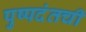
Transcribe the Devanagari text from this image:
पुष्पदंतची